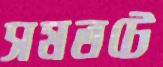
সমতটে